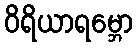
ဝိရိယာရမ္ဘော